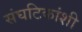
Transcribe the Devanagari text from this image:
संघटिकांशी